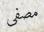
مصفى